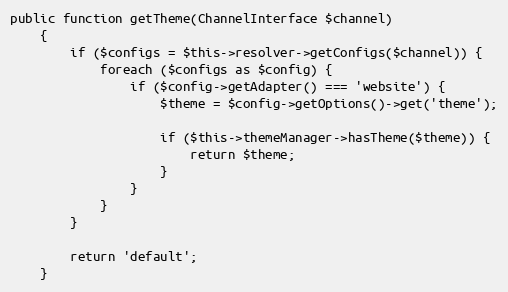
Language: PHP
public function getTheme(ChannelInterface $channel)
    {
        if ($configs = $this->resolver->getConfigs($channel)) {
            foreach ($configs as $config) {
                if ($config->getAdapter() === 'website') {
                    $theme = $config->getOptions()->get('theme');

                    if ($this->themeManager->hasTheme($theme)) {
                        return $theme;
                    }
                }
            }
        }

        return 'default';
    }